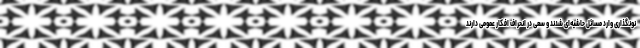
نونگذاری وارد مسائل حاشیه‌ای شدند و سعی در انحراف افکار عمومی دارند